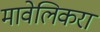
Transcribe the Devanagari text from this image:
मावेलिकरा